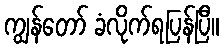
ကျွန်တော် ခံလိုက်ရပြန်ပြီ။